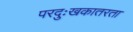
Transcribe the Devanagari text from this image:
परदुःखकातरता